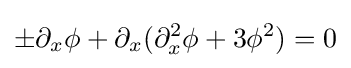
\pm \partial _{x}\phi +\partial _{x}(\partial _{x}^{2}\phi +3\phi ^{2})=0